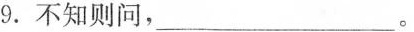
9.不知则问，________________。